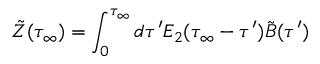
\tilde { Z } ( \tau _ { \infty } ) = \int _ { 0 } ^ { \tau _ { \infty } } d \tau ^ { \prime } E _ { 2 } ( \tau _ { \infty } - \tau ^ { \prime } ) \tilde { B } ( \tau ^ { \prime } )